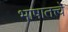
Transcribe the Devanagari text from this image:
भाषातत्त्वे